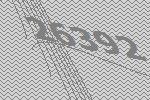
26392